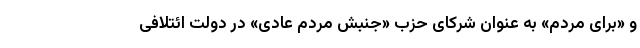
و «برای مردم» به عنوان شرکای حزب «جنبش مردم عادی» در دولت ائتلافی